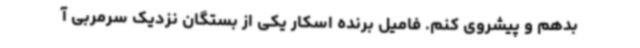
بدهم و پیشروی کنم. فامیل برنده اسکار یکی از بستگان نزدیک سرمربی آ